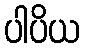
ပါပိယ